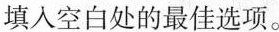
填入空白处的最佳选项。